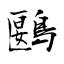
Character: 鶠